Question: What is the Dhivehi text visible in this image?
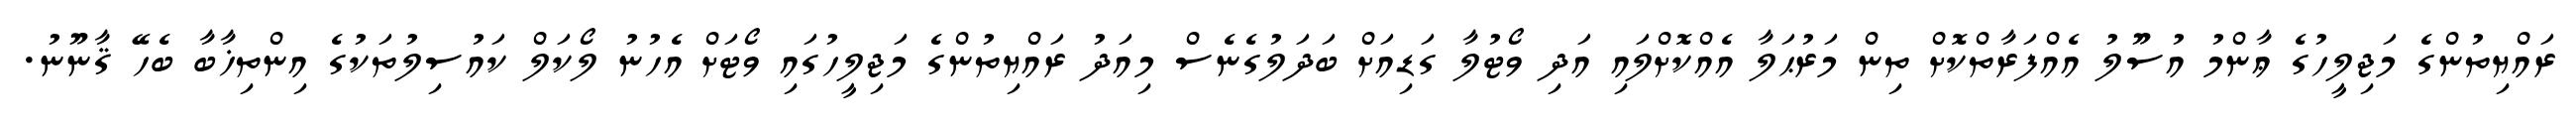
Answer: ރައްޔިތުންގެ މަޖިލީހުގެ ޢާންމު އުސޫލު އެއްފަރާތްކޮށް ތިން މަރުޙަލާ އެއްކޮށްލައި އަދި ވޯޓުލާ ގަޑިއަށް ބަދަލުގެނެސް މިއަދު ރައްޔިތުންގެ މަޖިލީހުގައި ވޯޓަށް އެހުނު ލޯކަލް ކައުސިލުތަކުގެ އިންތިޚާބާ ބެހޭ ޤާނޫނު.